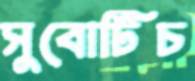
সুবোটিচ